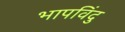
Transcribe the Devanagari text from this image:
भापविंदु